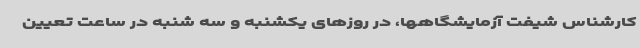
کارشناس شیفت آزمایشگاهها، در روزهای یکشنبه و سه شنبه در ساعت تعیین